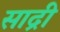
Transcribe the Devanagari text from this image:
साद्री